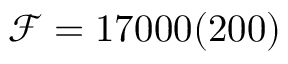
\mathcal { F } = 1 7 0 0 0 ( 2 0 0 )